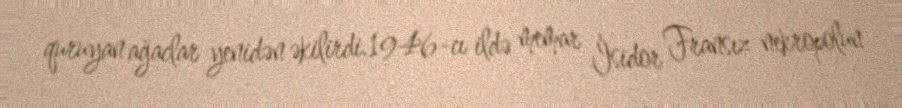
quruyan ağaclar yenidən əkilirdi.1946-cı ildə memar İsidor Fransız nekropolun